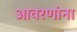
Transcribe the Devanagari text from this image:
आवरणांना